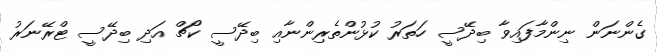
ގެންނަން ނިންމާފައިވާ ބިދޭސީ ހަތަރު ކުޅުންތެރިންނާއި ބިދޭސީ ކޯޗް އަދި ބިދޭސީ ޓްރޭނަރު